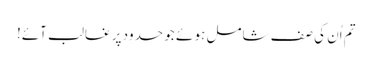
تم اُن کی صف شامل ہو ئے جو حدود پر غالب آئے!